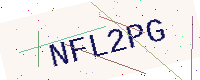
Text: NFL2PG